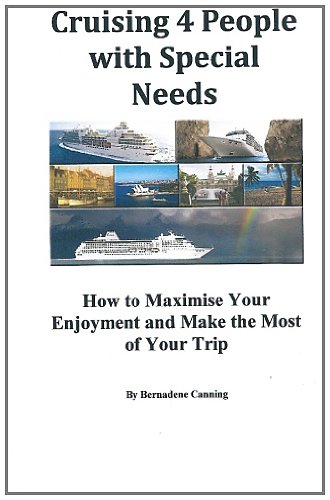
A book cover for Cruising 4 People with Special Needs: Cruising for Disabled; Bernadene Canning; Travel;